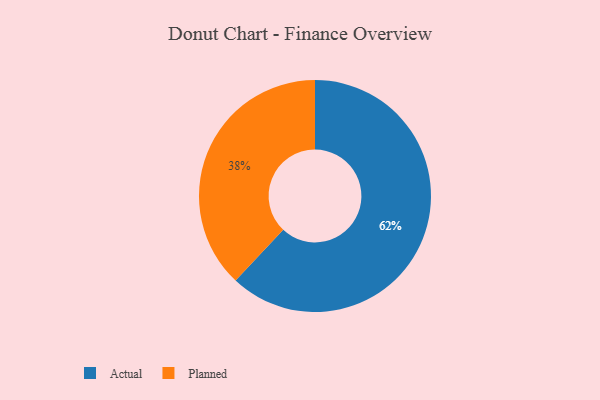
{"axis": {"x": "Category", "y": "Percentage"}, "legend": ["Actual", "Planned"], "data": [{"x": "Planned", "y": 38, "type": "Planned"}, {"x": "Actual", "y": 62, "type": "Actual"}]}